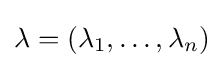
\lambda =(\lambda _{1},\dots ,\lambda _{n})